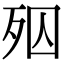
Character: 𣧝